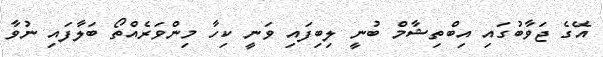
އޭގެ ޖަވާބުގައި އިބްތިޝާމް ބުނީ ލިބިފައި ވަނީ ކިހާ މިންވަރެއްތޯ ބަލާފައި ނުވާ